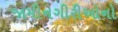
જામીનગીરીઓનો